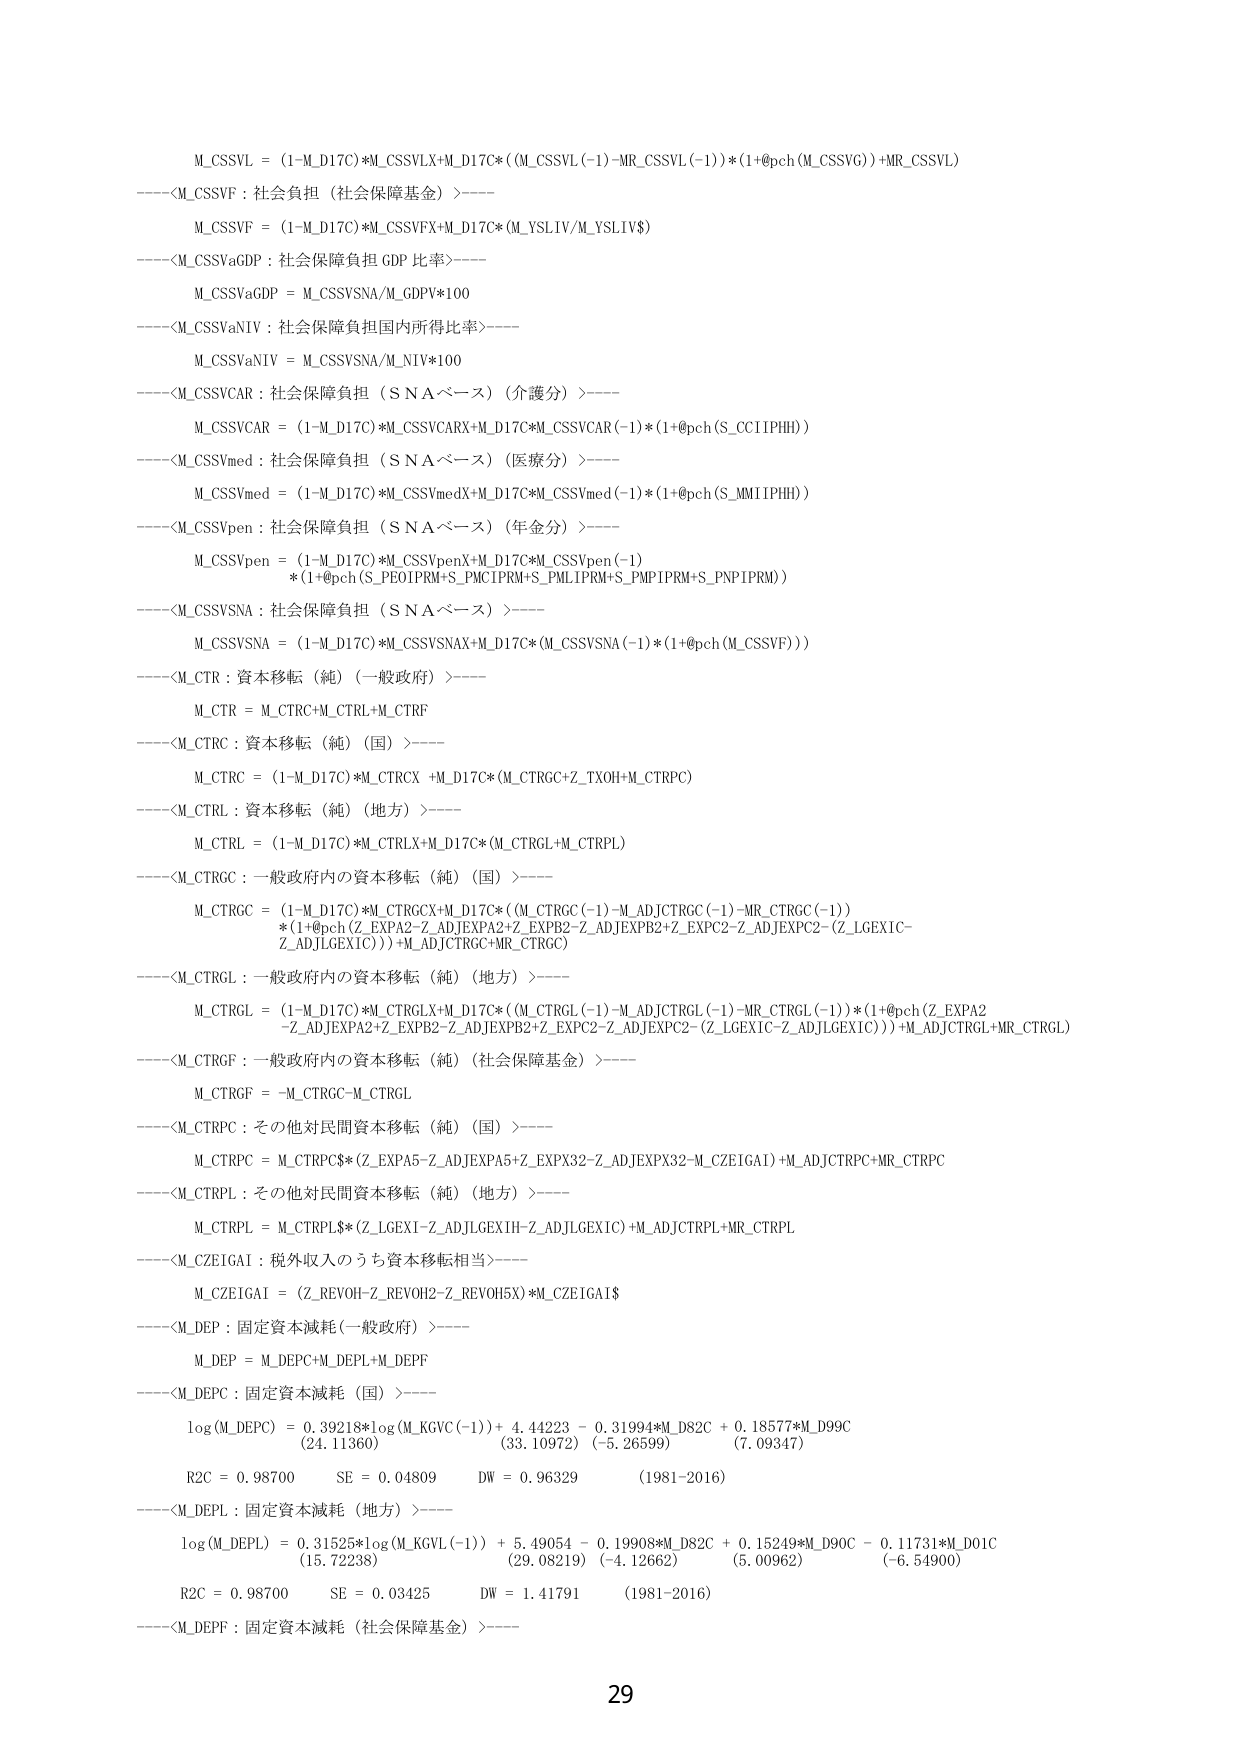
M_CSSVL = (1-M_D17C)*M_CSSVLX+M_D17C*((M_CSSVL(-1)-MR_CSSVL(-1))*(1+@pch(M_CSSVG))+MR_CSSVL)
----<M_CSSVF : 社会負担（社会保障基金）>----
M_CSSVF = (1-M_D17C)*M_CSSVFX+M_D17C*(M_YSLIV/M_YSLIV$)
----<M_CSSVaGDP : 社会保障負担 GDP 比率>----
M_CSSVaGDP = M_CSSVSNA/M_GDPV*100
----<M_CSSVaNIV : 社会保障負担国内所得比率>----
M_CSSVaNIV = M_CSSVSNA/M_NIV*100
----<M_CSSVCAR : 社会保障負担（ＳＮＡベース）（介護分）>----
M_CSSVCAR = (1-M_D17C)*M_CSSVCARX+M_D17C*M_CSSVCAR(-1)*(1+@pch(S_CCIIPHD))
----<M_CSSVmed : 社会保障負担（ＳＮＡベース）（医療分）>----
M_CSSVmed = (1-M_D17C)*M_CSSVmedX+M_D17C*M_CSSVmed(-1)*(1+@pch(S_MMIIPHD))
----<M_CSSVpen : 社会保障負担（ＳＮＡベース）（年金分）>----
M_CSSVpen = (1-M_D17C)*M_CSSVpenX+M_D17C*M_CSSVpen(-1)
*(1+@pch(S_PEO1PRM+S_PMC1PRM+S_PML1PRM+S_PMP1PRM+S_PNP1PRM))
----<M_CSSVSNA : 社会保障負担（ＳＮＡベース）>----
M_CSSVSNA = (1-M_D17C)*M_CSSVSNAX+M_D17C*(M_CSSVSNA(-1)*(1+@pch(M_CSSVF)))
----<M_CTR : 資本移転（純）（一般政府）>----
M_CTR = M_CTRC+M_CTRL+M_CTRF
----<M_CTRC : 資本移転（純）（国）>----
M_CTRC = (1-M_D17C)*M_CTRCX +M_D17C*(M_CTRGC+Z_TXOH+M_CTRPC)
----<M_CTRL : 資本移転（純）（地方）>----
M_CTRL = (1-M_D17C)*M_CTRLX+M_D17C*(M_CTRGL+M_CTRPL)
----<M_CTRGC : 一般政府内の資本移転（純）（国）>----
M_CTRGC = (1-M_D17C)*M_CTRGCX+M_D17C*(M_CTRGC(-1)-M_ADJCTRG(-1)-MR_CTRGC(-1))
*(1+@pch(Z_EXP A2-Z_ADJEXP A2+Z_EX PB2-Z_ADJEX PB2+Z_EX PC2-Z_ADJEX PC2-(Z_LGEXIC-
Z_ADJLGEXIC)))+M_ADJCTRG C+MR_CTRGC)
----<M_CTRGL : 一般政府内の資本移転（純）（地方）>----
M_CTRGL = (1-M_D17C)*M_CTRGLX+M_D17C*(M_CTRGL(-1)-M_ADJCT RGL(-1)-MR_CTRGL(-1))*(1+@pch(Z_EXP A2
-Z_ADJEXP A2+Z_EX PB2-Z_ADJEX PB2+Z_EX PC2-Z_ADJEX PC2-(Z_LGEXIC-Z_ADJLGEXIC)))+M_ADJCT RGL+MR_CTRGL)
----<M_CTRGF : 一般政府内の資本移転（純）（社会保障基金）>----
M_CTRGF = -M_CTRGC-M_CTRGL
----<M_CTRPC : その他対民間資本移転（純）（国）>----
M_CTRPC = M_CTRPC$(Z_EXP A5-Z_ADJEXP A5+Z_EX PX32-Z_ADJEXP X32-M_CZEIGAI)+M_ADJCT RPC+MR_CTRPC
----<M_CTRPL : その他対民間資本移転（純）（地方）>----
M_CTRPL = M_CTRPL$(Z_LGEXI-Z_ADJLGEXIH-Z_ADJLGEXIC)+M_ADJCT RPL+MR_CTRPL
----<M_CZEIGAI : 税外収入のうち資本移転相当>----
M_CZEIGAI = (Z_REVOH-Z_REVOH2-Z_REVOH5X)*M_CZEIGAI$
----<M_DEP : 固定資本減耗（一般政府）>----
M_DEP = M_DEPC+M_DEPL+M_DEPF
----<M_DEPC : 固定資本減耗（国）>----
log(M_DEPC) = 0.39218*log(M_KGVC(-1)) + 4.44223 - 0.31994*M_D82C + 0.18577*M_D99C
(24.11360) (33.10972) (-5.26599) (7.09347)
R2C = 0.98700 SE = 0.04809 DW = 0.96329 (1981-2016)
----<M_DEPL : 固定資本減耗（地方）>----
log(M_DEPL) = 0.31525*log(M_KGVL(-1)) + 5.49054 - 0.19908*M_D82C + 0.15249*M_D90C - 0.11731*M_D01C
(15.72238) (29.08219) (-4.12662) (5.00962) (-6.54900)
R2C = 0.98700 SE = 0.03425 DW = 1.41791 (1981-2016)
----<M_DEPF : 固定資本減耗（社会保障基金）>----
29